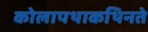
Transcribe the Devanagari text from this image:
कोलापथाकथिनते